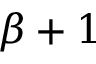
\beta + 1